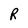
Character: R